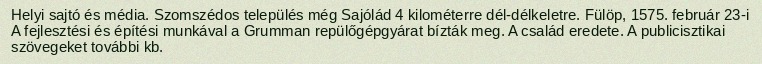
Helyi sajtó és média. Szomszédos település még Sajólád 4 kilométerre dél-délkeletre. Fülöp, 1575. február 23-i A fejlesztési és építési munkával a Grumman repülőgépgyárat bízták meg. A család eredete. A publicisztikai szövegeket további kb.